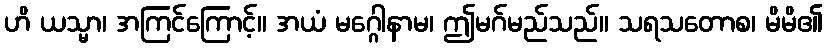
ဟိ ယသ္မာ၊ အကြင်ကြောင့်။ အယံ မဂ္ဂေါနာမ၊ ဤမဂ်မည်သည်။ သရသတောစ၊ မိမိ၏